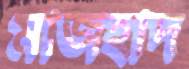
মাজহাদ